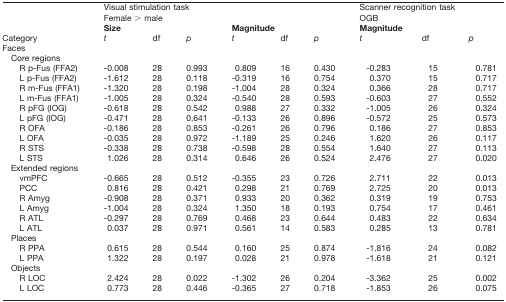
<table><thead><tr><td></td><td colspan="6"><b>Visual stimulation task</b></td><td colspan="3"><b>Scanner recognition task</b></td></tr><tr><td></td><td colspan="6"><b>Female &gt; male</b></td><td colspan="3"><b>OGB</b></td></tr><tr><td></td><td colspan="3"><b>Size</b></td><td colspan="3"><b>Magnitude</b></td><td colspan="3"><b>Magnitude</b></td></tr><tr><td><b>Category</b></td><td><b><i>t</i></b></td><td><b>df</b></td><td><b><i>p</i></b></td><td><b><i>t</i></b></td><td><b>df</b></td><td><b><i>p</i></b></td><td><b><i>t</i></b></td><td><b>df</b></td><td><b><i>p</i></b></td></tr></thead><tbody><tr><td>Faces</td><td colspan="9"></td></tr><tr><td>Core regions</td><td></td><td></td><td></td><td></td><td></td><td></td><td></td><td></td><td></td></tr><tr><td>R p-Fus (FFA2)</td><td>-0.008</td><td>28</td><td>0.993</td><td>0.809</td><td>16</td><td>0.430</td><td>-0.283</td><td>15</td><td>0.781</td></tr><tr><td>L p-Fus (FFA2)</td><td>-1.612</td><td>28</td><td>0.118</td><td>-0.319</td><td>16</td><td>0.754</td><td>0.370</td><td>15</td><td>0.717</td></tr><tr><td>R m-Fus (FFA1)</td><td>-1.320</td><td>28</td><td>0.198</td><td>-1.004</td><td>28</td><td>0.324</td><td>0.366</td><td>28</td><td>0.717</td></tr><tr><td>L m-Fus (FFA1)</td><td>-1.005</td><td>28</td><td>0.324</td><td>-0.540</td><td>28</td><td>0.593</td><td>-0.603</td><td>27</td><td>0.552</td></tr><tr><td>R pFG (IOG)</td><td>-0.618</td><td>28</td><td>0.542</td><td>0.988</td><td>27</td><td>0.332</td><td>-1.005</td><td>26</td><td>0.324</td></tr><tr><td>L pFG (IOG)</td><td>-0.471</td><td>28</td><td>0.641</td><td>-0.133</td><td>26</td><td>0.896</td><td>-0.572</td><td>25</td><td>0.573</td></tr><tr><td>R OFA</td><td>-0.186</td><td>28</td><td>0.853</td><td>-0.261</td><td>26</td><td>0.796</td><td>0.186</td><td>27</td><td>0.853</td></tr><tr><td>L OFA</td><td>-0.035</td><td>28</td><td>0.972</td><td>-1.189</td><td>25</td><td>0.246</td><td>1.620</td><td>26</td><td>0.117</td></tr><tr><td>R STS</td><td>-0.338</td><td>28</td><td>0.738</td><td>-0.598</td><td>28</td><td>0.554</td><td>1.640</td><td>27</td><td>0.113</td></tr><tr><td>L STS</td><td>1.026</td><td>28</td><td>0.314</td><td>0.646</td><td>26</td><td>0.524</td><td>2.476</td><td>27</td><td>0.020</td></tr><tr><td>Extended regions</td><td colspan="9"></td></tr><tr><td>vmPFC</td><td>-0.665</td><td>28</td><td>0.512</td><td>-0.355</td><td>23</td><td>0.726</td><td>2.711</td><td>22</td><td>0.013</td></tr><tr><td>PCC</td><td>0.816</td><td>28</td><td>0.421</td><td>0.298</td><td>21</td><td>0.769</td><td>2.725</td><td>20</td><td>0.013</td></tr><tr><td>R Amyg</td><td>-0.908</td><td>28</td><td>0.371</td><td>0.933</td><td>20</td><td>0.362</td><td>0.319</td><td>19</td><td>0.753</td></tr><tr><td>L Amyg</td><td>-1.004</td><td>28</td><td>0.324</td><td>1.350</td><td>18</td><td>0.193</td><td>0.754</td><td>17</td><td>0.461</td></tr><tr><td>R ATL</td><td>-0.297</td><td>28</td><td>0.769</td><td>0.468</td><td>23</td><td>0.644</td><td>0.483</td><td>22</td><td>0.634</td></tr><tr><td>L ATL</td><td>0.037</td><td>28</td><td>0.971</td><td>0.561</td><td>14</td><td>0.583</td><td>0.285</td><td>13</td><td>0.781</td></tr><tr><td>Places</td><td colspan="9"></td></tr><tr><td>R PPA</td><td>0.615</td><td>28</td><td>0.544</td><td>0.160</td><td>25</td><td>0.874</td><td>-1.816</td><td>24</td><td>0.082</td></tr><tr><td>L PPA</td><td>1.322</td><td>28</td><td>0.197</td><td>0.028</td><td>21</td><td>0.978</td><td>-1.618</td><td>21</td><td>0.121</td></tr><tr><td>Objects</td><td colspan="9"></td></tr><tr><td>R LOC</td><td>2.424</td><td>28</td><td>0.022</td><td>-1.302</td><td>26</td><td>0.204</td><td>-3.362</td><td>25</td><td>0.002</td></tr><tr><td>L LOC</td><td>0.773</td><td>28</td><td>0.446</td><td>-0.365</td><td>27</td><td>0.718</td><td>-1.853</td><td>26</td><td>0.075</td></tr></tbody></table>